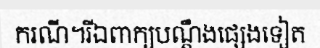
ករណី។រីឯពាក្យបណ្តឹងផ្សេងទៀត